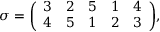
\sigma = { \left( \begin{array} { l l l l l } { 3 } & { 2 } & { 5 } & { 1 } & { 4 } \\ { 4 } & { 5 } & { 1 } & { 2 } & { 3 } \end{array} \right) } ,